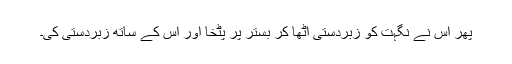
پھر اس نے نگہت کو زبردستی اٹھا کر بستر پر پٹخا اور اس کے ساتھ زبردستی کی۔